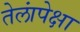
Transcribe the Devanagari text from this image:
तेलांपेक्षा